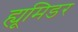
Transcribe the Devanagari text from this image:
ह्यूमिडर